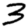
Digit: 3